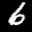
Label: 6